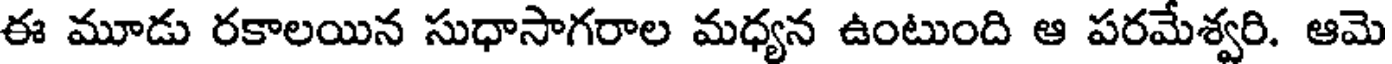
ఈ మూడు రకాలయిన సుధాసాగరాల మధ్యన ఉంటుంది ఆ పరమేశ్వరి. ఆమె